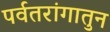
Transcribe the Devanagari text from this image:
पर्वतरांगातुन